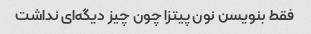
فقط بنویسن نون پیتزا چون چیز دیگه‌ای نداشت